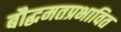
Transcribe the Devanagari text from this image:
बौद्धमतप्रभावित